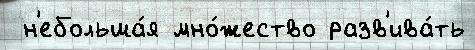
 н'ебольша́я мно́жество разв'ива́ть